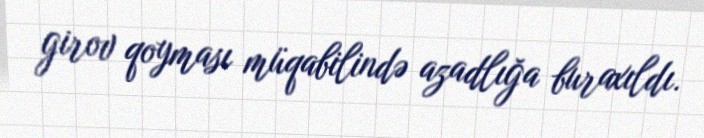
girov qoyması müqabilində azadlığa buraxıldı.